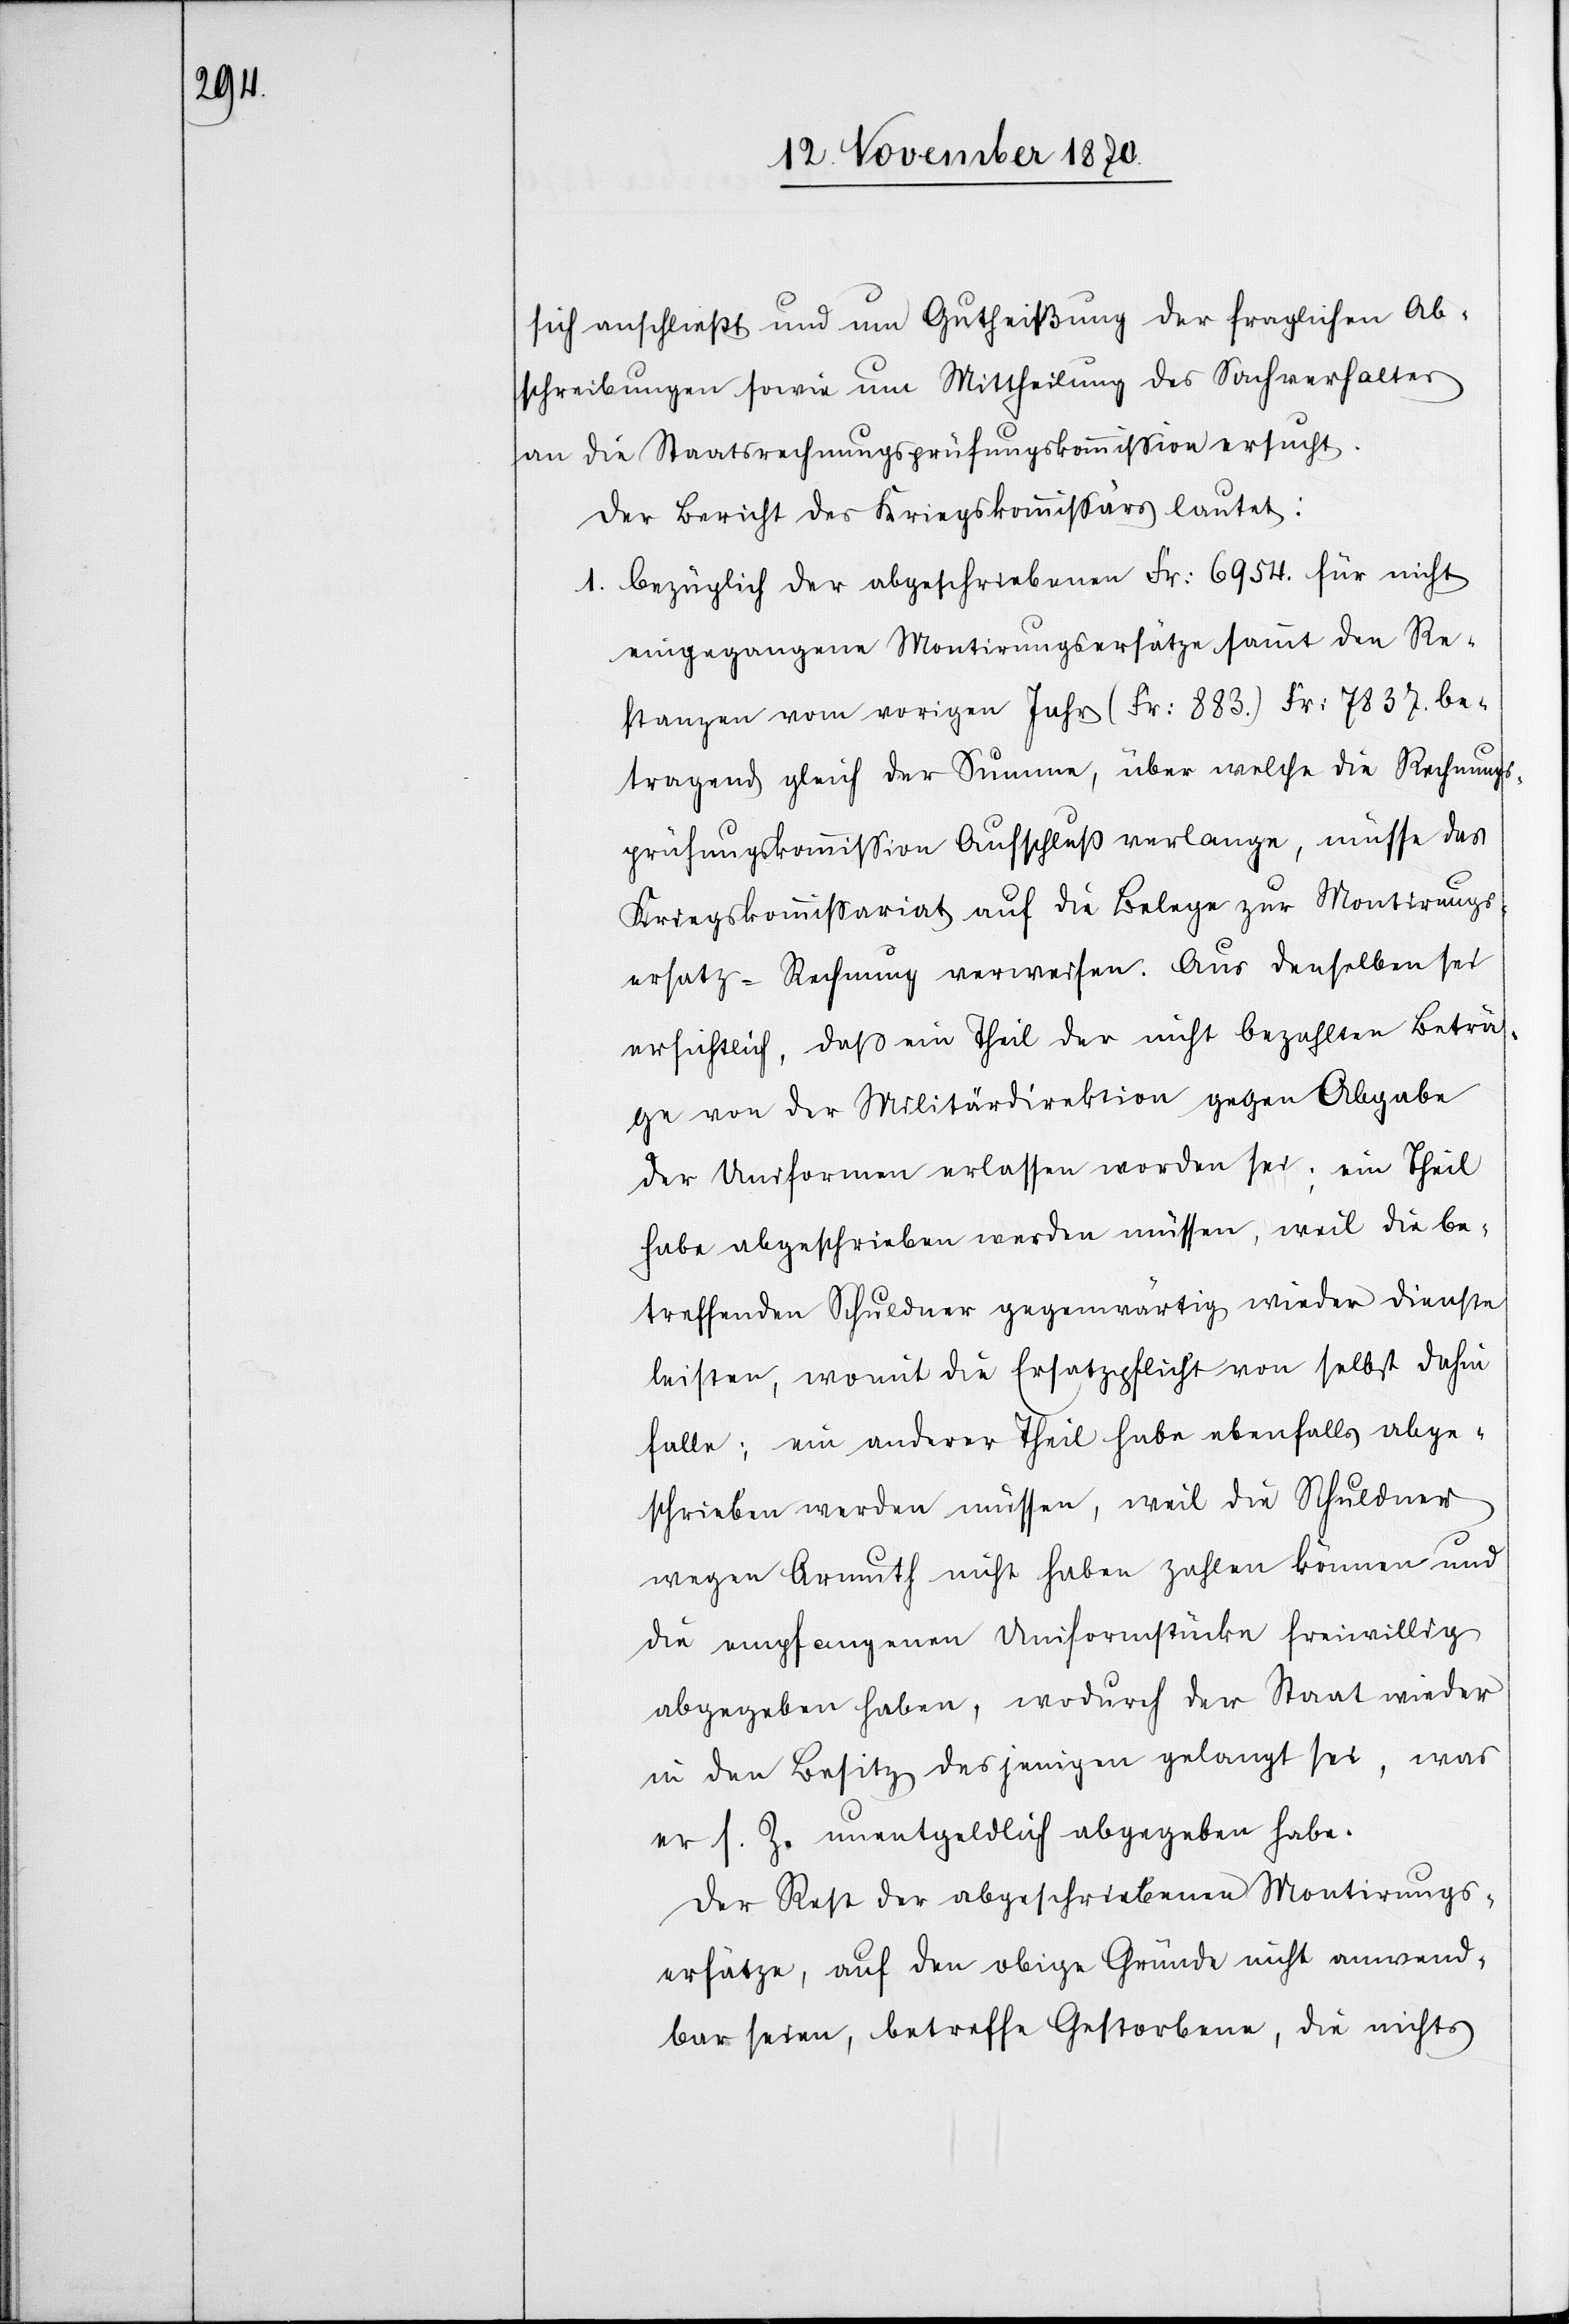
sich anschließt und um Gutheißung der fraglichen Ab¬
schreibungen sowie um Mittheilung des Sachverhaltes
an die Staatsrechnungsprüfungskommißion ersucht.
Der Bericht des Kriegskommißärs lautet:
1. bezüglich der abgeschriebenen Fr: 6954. für nicht
eingegangene Montirungsersätze sammt den Re¬
stanzen vom vorigen Jahr (Fr: 883) Fr: 7837. be¬
tragend gleich der Summe, über welche die Rechnungs¬
prüfungskommißion Aufschluß verlange, müsse das
Kriegskommißariat auf die Belege zur Montirungs¬
ersatz-Rechnung verweisen. Aus denselben sei
ersichtlich, daß ein Theil der nicht bezahlten Beträ¬
ge von der Militärdirektion gegen Abgabe
der Uniformen erlassen worden sei; ein Theil
habe abgeschrieben werden müssen, weil die be¬
treffenden Schuldner gegenwärtig wieder Dienste
leisten, womit die Ersatzpflicht von selbst dahin
falle; ein anderer Theil habe ebenfalls abge¬
schrieben werden müssen, weil die Schuldner
wegen Armuth nicht haben zahlen können und
die empfangenen Uniformstücke freiwillig
abgegeben haben, wodurch der Staat wieder
in den Besitz desjenigen gelangt sei, was
er s. Z. unentgeltlich abgegeben habe.
Der Rest der abgeschriebenen Montirungs¬
ersätze, auf den obige Gründe nicht anwend¬
bar seien, betreffe Gestorbene, die nichts